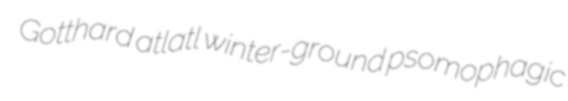
Gotthard atlatl winter-ground psomophagic